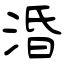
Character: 涽